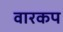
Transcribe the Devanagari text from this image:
वारकप